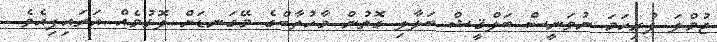
ޖުމްލަ ފުރިހަމަ ނުވަނީސް ބަލްޤީޝް ބަލާލި ގޮތުން މާހުތާބްގެ މޭގަނޑަށް ލޮޅުމެއް އަރައިފިއެވެ.